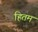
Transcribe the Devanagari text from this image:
हितम